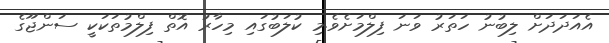
އެއަދަދަށް ލިބުނު ހަތަރު ވަނަ ފިލްމަށެވެ.މި ކުލަބުގައި މިހާރު އޮތް ފިލްމުތަކަކީ ސަންޖޫގެ